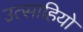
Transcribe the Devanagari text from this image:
उत्साहियो